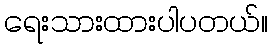
ရေးသားထားပါပတယ်။